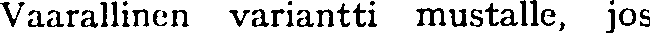
Vaarallinen variantti mustalle, jos